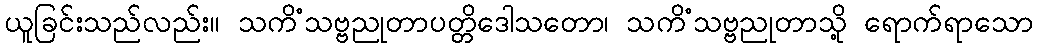
ယူခြင်းသည်လည်း။ သကိံသဗ္ဗညုတာပတ္တိဒေါသတော၊ သကိံသဗ္ဗညုတာသို့ ရောက်ရာသော